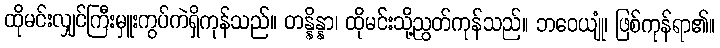
ထိုမင်းလျှင်ကြီးမှူးကွပ်ကဲရှိကုန်သည်။ တန္နိန္နာ၊ ထိုမင်းသို့ညွတ်ကုန်သည်။ ဘဝေယျုံ၊ ဖြစ်ကုန်ရာ၏။